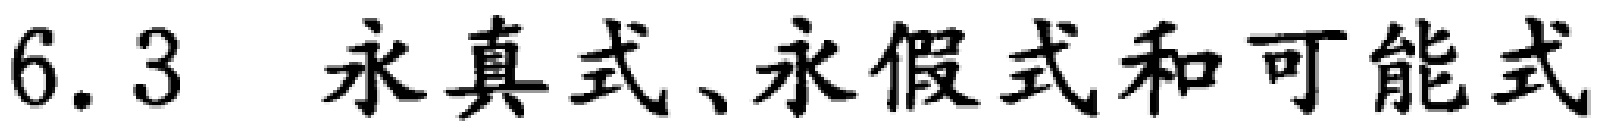
6.3 永真式、永假式和可能式